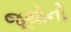
જૂથોનો